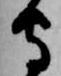
守